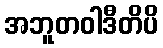
အဘူတဝါဒီတိပိ